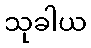
သုခါယ